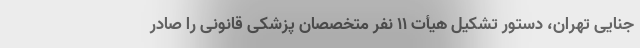
جنایی تهران، دستور تشکیل هیأت ۱۱ نفر متخصصان پزشکی قانونی را صادر